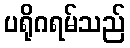
ပရိုဂရမ်သည်